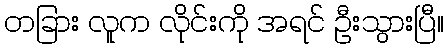
တခြား လူက လိုင်းကို အရင် ဦးသွားပြီ။